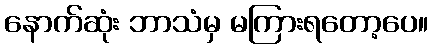
နောက်ဆုံး ဘာသံမှ မကြားရတော့ပေ။